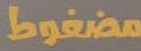
مضغوط